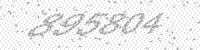
Solution: 895804